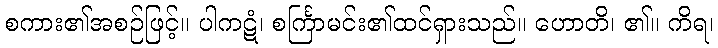
စကား၏အစဉ်ဖြင့်။ ပါကဋံ၊ စင်္ကြာမင်း၏ထင်ရှားသည်။ ဟောတိ၊ ၏။ ကိရ၊